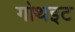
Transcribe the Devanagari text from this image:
गोथइट